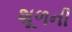
શૂળની